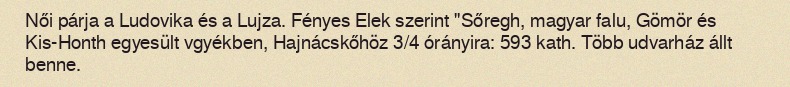
Női párja a Ludovika és a Lujza. Fényes Elek szerint "Sőregh, magyar falu, Gömör és Kis-Honth egyesült vgyékben, Hajnácskőhöz 3/4 órányira: 593 kath. Több udvarház állt benne.